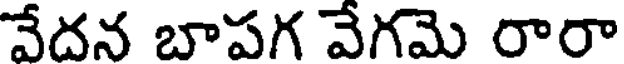
వేదన బాపగ వేగమె రారా